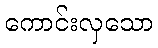
ကောင်းလှသော